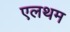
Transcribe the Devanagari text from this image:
एलथम